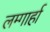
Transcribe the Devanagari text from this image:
लम्गार्हा